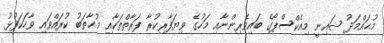
މުޙައްމަދު ޝައިނީ މިއެކްސްޕޯގެ ބައިވެރިންނާއި މަހުގެ ވިޔަފާރިކުރާ ފަރާތްތަކާއި މުޙާތަބު ކުރައްވައި ވާހަކަފުޅު